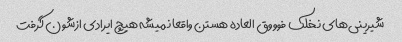
شیرینی‌های نخلک فوووق العاده هستن واقعا نمیشه هیچ ایرادی ازشون گرفت